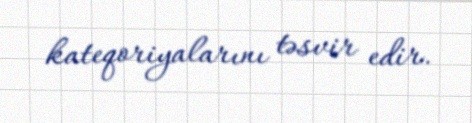
kateqoriyalarını təsvir edir.